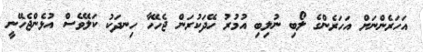
އަހަރެންނަށް އަހަރެންގެ ލޯބި ނުލިބި އުމުރު ހޭދަކުރަން ޖެހޭހާ ހިނދަކު ކަލޭވެސް އުޅެންޖެހޭނީ